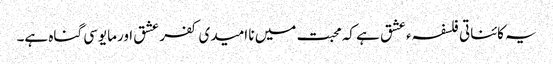
یہ کائناتی فلسفہء عشق ہے کہ محبت میں نا امیدی کفر عشق اورمایوسی گناہ ہے۔